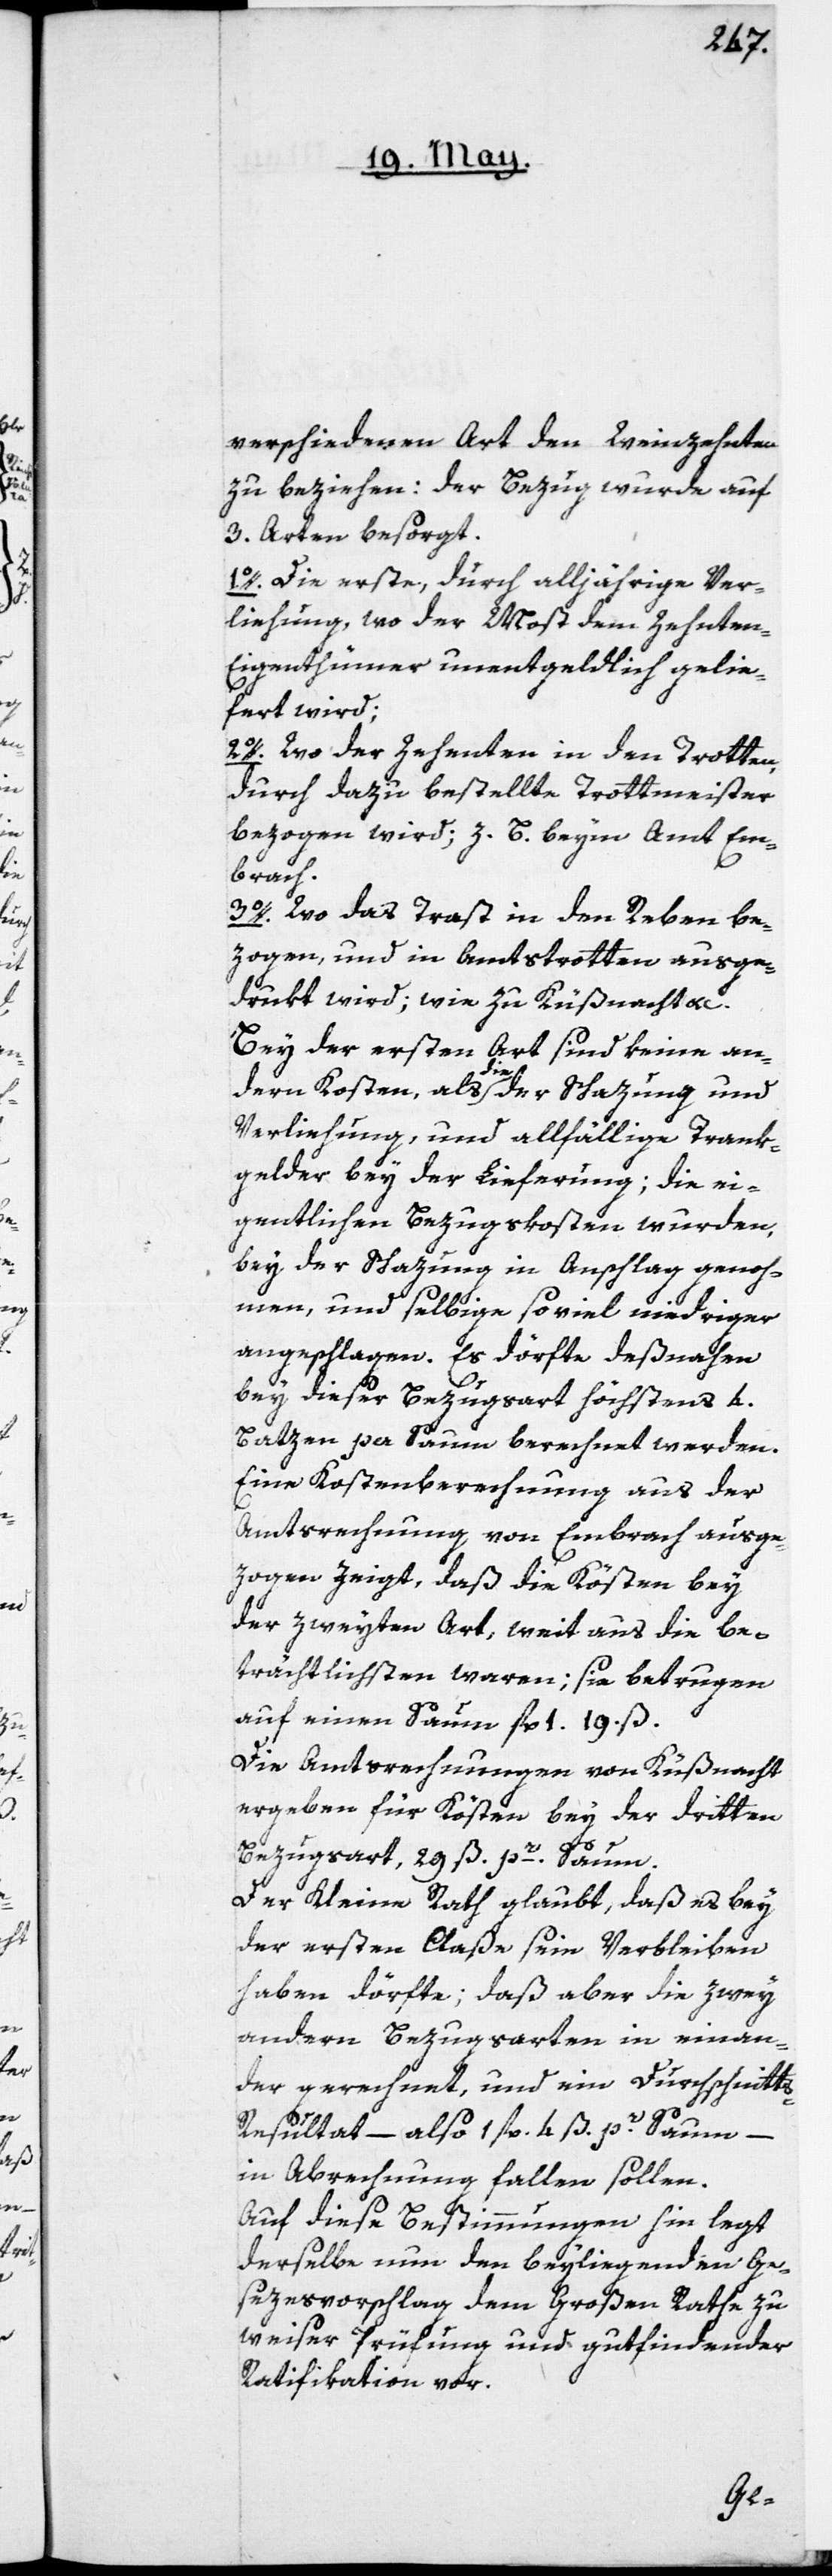
verschiedenen Art den Weinzehenten
zu beziehen: der Bezug wurde auf
3. Arten besorgt.
1o. Die erste, durch alljährige Ver¬
leihung, wo der Most den Zehnten-E¬
igenthümer unentgeldlich gelie¬
fert wird;
2o. Wo der Zehenten in den Trotten
durch dazu bestellte Trottmeister
bezogen wird; z. B. beim Amt Em¬
brach.
3o. Wo das Trast in den Reben be¬
zogen, und in Amtstrotten ausge¬
drukt wird; wie zu Küsnacht
Bey der ersten Art sind keine an¬
dern Kosten, als die der Schazung und
Verliehung, und allfällige Trank¬
gelder bey der Lieferung; die ei¬
gentlichen Bezugskosten wurden,
bey der Schazung in Anschlag genoh¬
men, und selbige so viel niedriger
angeschlagen. Es dörfte deßnahen
bey dieser Bezugsart höchstens 4.
Batzen per Saum berechnet werden.
Eine Kostenberechnung aus der
Amtsrechnung von Embrach ausge¬
zogen zeigt, daß die Kösten bey
der zweyten Art, weit aus die Be¬
trächtlichsten waren; sie betrugen
auf einen Saum fl. 1. 19. ß.
Die Amtsrechnungen von Küßnacht
ergeben für Kösten bey der dritten
Bezugsart 29. ß pr Saum.
Der Kleine Rath glaubt, daß es bey
der ersten Claße sein Verbleiben
haben dörfte; daß aber die zwey
andern Bezugsarten ineinan¬
der gerechnet, und ein Durchschnitt¬
s-Resultat – also 1 fl. 4 ß pr Saum –
in Abrechnung fallen sollen.
Auf diese Bestimmungen hin legt
derselbe nun den beyliegenden Ge¬
sezesvorschlag dem Großen Rathe zu
weiser Prüfung und gutfindender
Ratifikation vor.